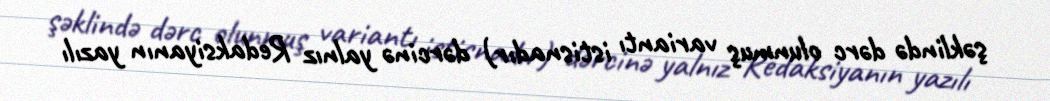
şəklində dərc olunmuş variantı istisnadır) dərcinə yalnız Redaksiyanın yazılı